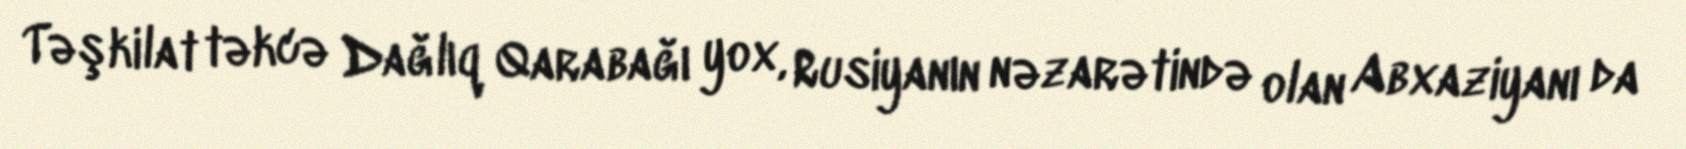
Təşkilat təkcə Dağlıq Qarabağı yox, Rusiyanın nəzarətində olan Abxaziyanı da